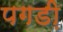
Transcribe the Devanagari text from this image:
पगडी़